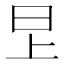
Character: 㫔